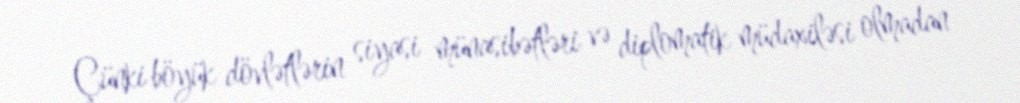
Çünki böyük dövlətlərin siyasi münasibətləri və diplomatik müdaxiləsi olmadan